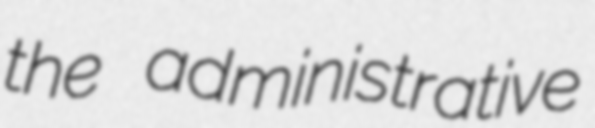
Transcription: the administrative